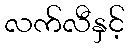
လက်လီနှင့်